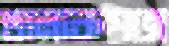
তালাকপত্রে